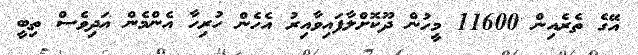
އޭގެ ތެރެއިން 11600 މީހުން ދޫކޮށްލާފައިވާއިރު އެހެން ހުރިހާ އެންމެން އަދިވެސް ތިބީ